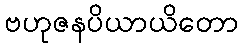
ဗဟုဇနပိယာယိတော